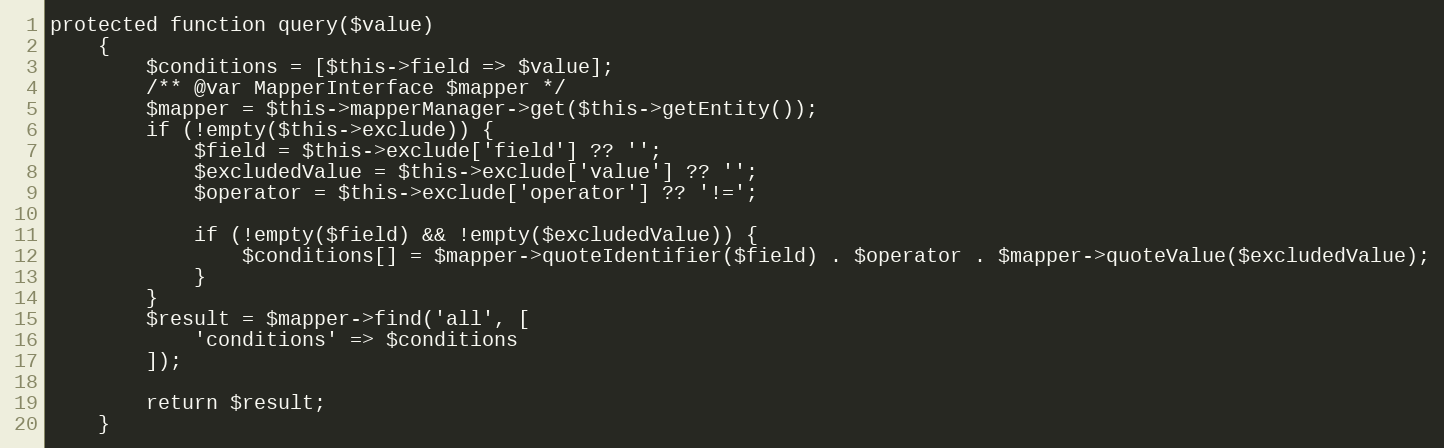
Language: PHP
protected function query($value)
    {
        $conditions = [$this->field => $value];
        /** @var MapperInterface $mapper */
        $mapper = $this->mapperManager->get($this->getEntity());
        if (!empty($this->exclude)) {
            $field = $this->exclude['field'] ?? '';
            $excludedValue = $this->exclude['value'] ?? '';
            $operator = $this->exclude['operator'] ?? '!=';

            if (!empty($field) && !empty($excludedValue)) {
                $conditions[] = $mapper->quoteIdentifier($field) . $operator . $mapper->quoteValue($excludedValue);
            }
        }
        $result = $mapper->find('all', [
            'conditions' => $conditions
        ]);

        return $result;
    }